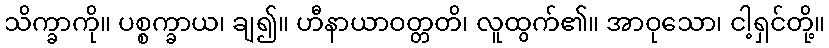
သိက္ခာကို။ ပစ္စက္ခာယ၊ ချ၍။ ဟီနာယာဝတ္တတိ၊ လူထွက်၏။ အာဝုသော၊ ငါ့ရှင်တို့။